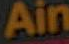
Ain